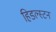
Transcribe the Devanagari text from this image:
हिडल्स्टन